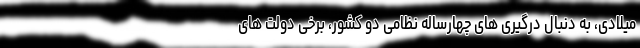
میلادی، به دنبال درگیری های چهارساله نظامی دو کشور، برخی دولت های